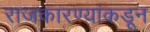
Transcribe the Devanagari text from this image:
राजकारण्यांकडून